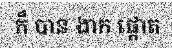
ក៏ បាន ងាក ផ្តោត